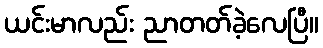
ယင်းမာလည်း ညာတတ်ခဲ့လေပြီ။